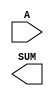
////////////////////////////////////////////////////////////////////////////////
//
//       This confidential and proprietary software may be used only
//     as authorized by a licensing agreement from Synopsys Inc.
//     In the event of publication, the following notice is applicable:
//
//                    (C) COPYRIGHT 1992 - 2018 SYNOPSYS INC.
//                           ALL RIGHTS RESERVED
//
//       The entire notice above must be reproduced on all authorized
//     copies.
//
//
// VERSION:   Simulation Architecture
//
// DesignWare_version: abe4763f
// DesignWare_release: O-2018.06-DWBB_201806.3
//
////////////////////////////////////////////////////////////////////////////////
//-----------------------------------------------------------------------------------
//
// ABSTRACT:  Incrementer
//
// MODIFIED: 
//
//       Sheela      May 12,1995
//                   Converted from vhdl to verilog
//
//       GN          Feb. 15, 1996 
//                   changed dw01 to DW01 star 33068
//
//        RPH        07/17/2002 
//                   Rewrote to comply with the new guidelines    
//--------------------------------------------------------------------------

module DW01_inc ( A, SUM );
   
    parameter integer width=4;

    // port list declaration in order
    input    [ width-1 : 0]  A;
 
    output   [ width-1 : 0]  SUM;  

   // synopsys translate_off
     
   //-------------------------------------------------------------------------
   // Parameter legality check
   //-------------------------------------------------------------------------

   
 
  initial begin : parameter_check
    integer param_err_flg;

    param_err_flg = 0;
    
   
    if (width < 1) begin
      param_err_flg = 1;
      $display(
	"ERROR: %m :\n  Invalid value (%d) for parameter width (lower bound: 1)",
	width );
    end
   
    if ( param_err_flg == 1) begin
      $display(
        "%m :\n  Simulation aborted due to invalid parameter value(s)");
      $finish;
    end

  end // parameter_check 


   assign SUM = ((^(A ^ A) !== 1'b0) ) ? {width{1'bx}} : A-{width{1'b1}};
   
   // synopsys translate_on
endmodule // DW01_inc;